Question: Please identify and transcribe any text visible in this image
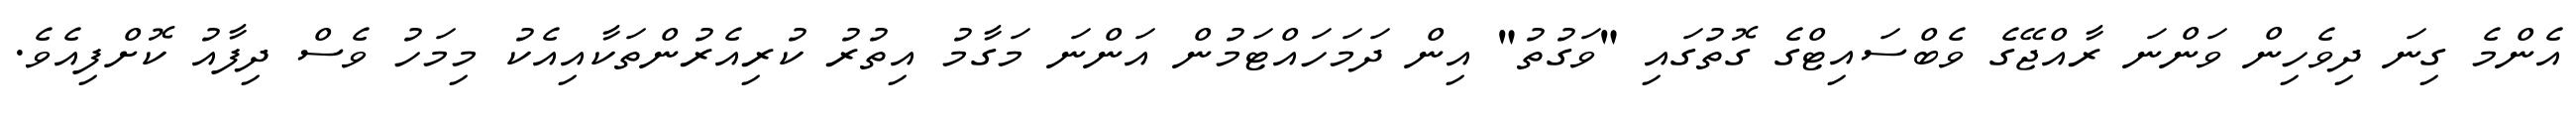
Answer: އެންމެ ގިނަ ދިވެހިން ވަންނަ ރާއްޖޭގެ ވެބްސައިޓްގެ ގޮތުގައި "ވަގުތު" އިން ދަމަހައްޓަމުން އަންނަ މަގާމު އިތުރު ކުރިއެރުންތަކާއިއެކު މިމަހު ވެސް ދިފާއު ކޮށްފިއެވެ.